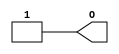
module N1Z001( O );     
    output  O;
assign O = 1'b1;
endmodule